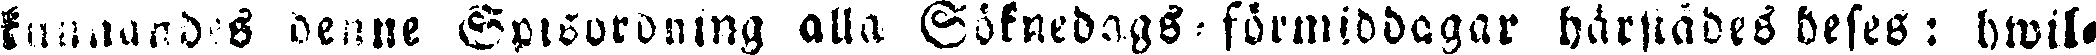
kunnandes denne Spisordning alla Söknedags-förmiddagar härstädes beses: hwil-